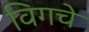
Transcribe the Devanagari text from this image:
विगचे